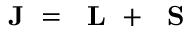
\mathrm { ~ \bf ~ J ~ } = \mathrm { ~ \bf ~ L ~ } + \mathrm { ~ \bf ~ S ~ }